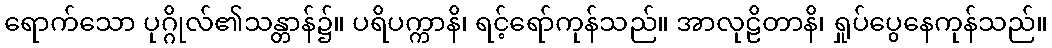
ရောက်သော ပုဂ္ဂိုလ်၏သန္တာန်၌။ ပရိပက္ကာနိ၊ ရင့်ရော်ကုန်သည်။ အာလုဠိတာနိ၊ ရှုပ်ပွေနေကုန်သည်။